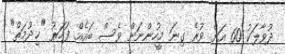
ދުވާލަކު 60 އަށް ވުރެ ގިނަ މީހުންނަށް ވެސް ބައެއް ފަހަރު "ޚިދުމަތް"